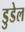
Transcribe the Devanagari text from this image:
डुडेल